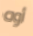
أوه